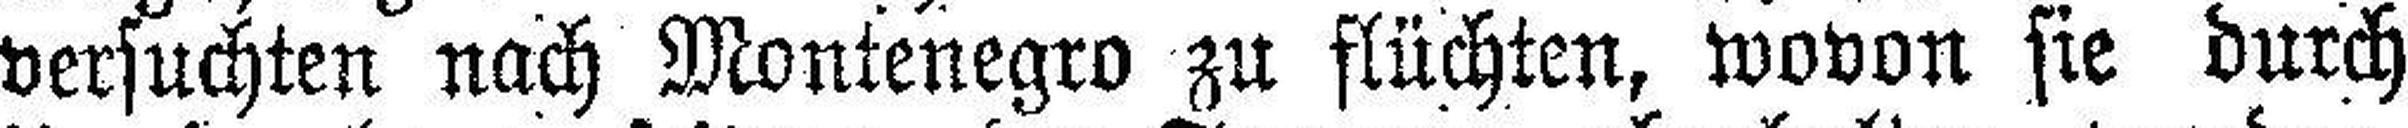
versuchten nach Montenegro zu flüchten, wovon sie durch